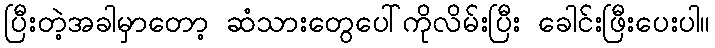
ပြီးတဲ့အခါမှာတော့ ဆံသားတွေပေါ်ကိုလိမ်းပြီး ခေါင်းဖြီးပေးပါ။